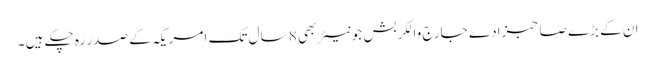
ان کے بڑے صاحبزادے جارج والکر بش جونیئر بھی 8 سال تک امریکہ کے صدر رہ چکے ہیں ۔